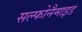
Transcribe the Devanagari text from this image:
सल्फोनैमाइड